Leaving Certificate Examination, 1912
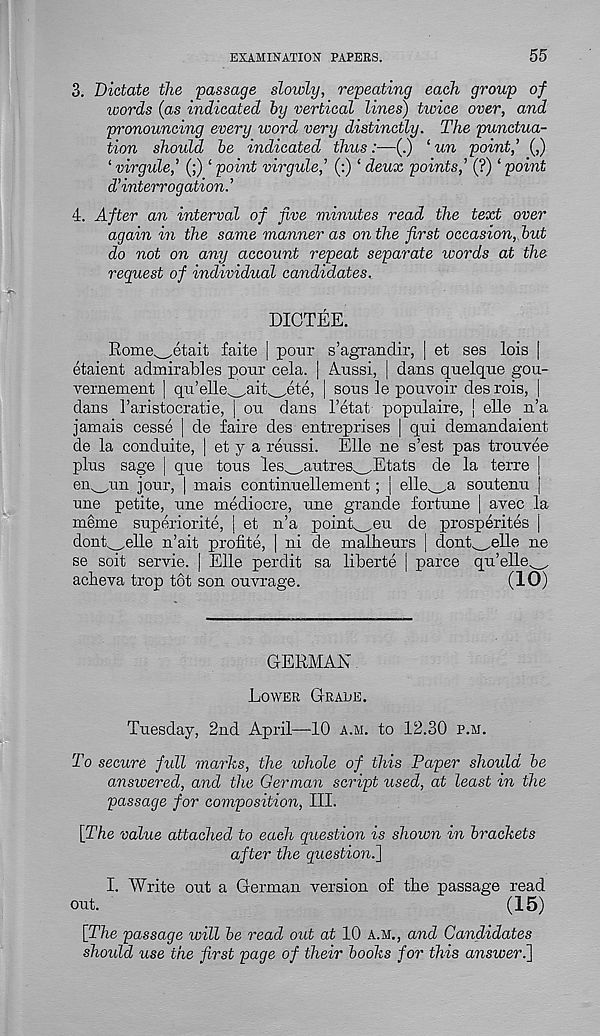
EXAMINATION PAPEES.
55
3. Dictate the passage sloivly, repeating each group of
words (as indicated hy vertical lines) twice over, and
pronouncing every ivord very distinctly. The punctua-
tion shoidd be indicated thus‘ un point,’ (,)
‘ virgule,’ (;) ‘ point virgule,’ (:) ‘ deux points,’ (?) ‘ point
d’interrogation. ’
4. After an interval of five minutes read the text over
again in the same manner as on the first occasion, but
do not on any account repeat separate words at the
request of individual candidates.
DICTEE.
Rome^etait faite | pour s’agrandir, | et ses lois |
etaient admirables pour cela. | Aussi, j dans quelque gou-
vernement | qu’elle^ait^ete, | sous ]e pouvoir desrois, |
dans I’aristocratie, j ou dans 1’etat populaire, j elle n’a
jamais cesse | de faire des entreprises | qui demandaient
de la conduite, ] et y a reussi. Elle ne s’est pas trouvee
plus sage | que tous les^autres. Etats de la terre
en^un jour, | mais continuellement; j elle^,a soutenu
une petite, une mediocre, une grande fortune | avec .
meme superiorite, j et n’a point^eu de prosperites
dont^elle n’ait profite, | ni de malheurs | dont_,elle ne
se soit servie. | Elle perdit sa liberte | parce qu’elle
acbeva trop tot son ouvrage.
(10)
GERMAN
Lower Graue.
Tuesday, 2nd April—10 a.m. to 12.30 p.m.
To secure full marks, the whole of this Paper should be
answered, and the German script used, at least in the
passage for composition, III.
[The value attached to each question is shown in brackets
after the question.]
I. Write out a German version of the passage read
out.
(15)
[The passage will be read out at 10 a.m., and Candidates
shoidd use the first page of their books for this answer.]